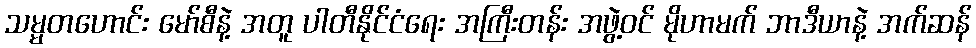
သမ္မတဟောင်း မော်စီနဲ့ အတူ ပါတီနိုင်ငံရေး အကြီးတန်း အဖွဲ့ဝင် မိုဟာမက် ဘာဒီယာနဲ့ အက်ဆန်